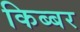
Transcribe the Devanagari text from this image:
किब्‍बर